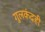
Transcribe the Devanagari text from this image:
गुलकंदही